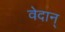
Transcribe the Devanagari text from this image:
वेदान्